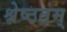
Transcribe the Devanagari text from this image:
श्रेष्ठतम्